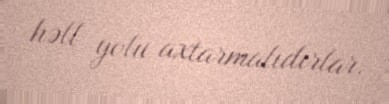
həll yolu axtarmalıdırlar.